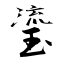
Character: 瑬